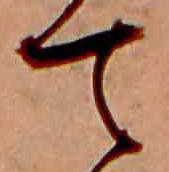
て